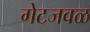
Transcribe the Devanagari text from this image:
गेटजवळ